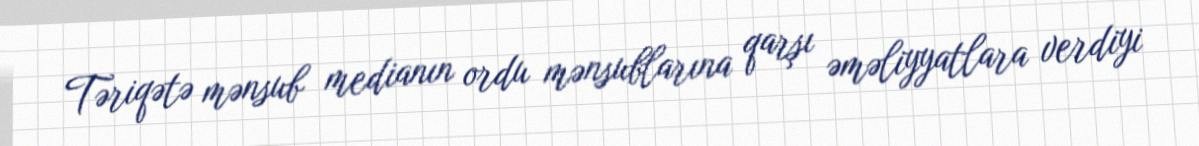
Təriqətə mənsub medianın ordu mənsublarına qarşı əməliyyatlara verdiyi